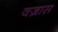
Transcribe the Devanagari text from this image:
वज्रास